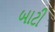
બાટી